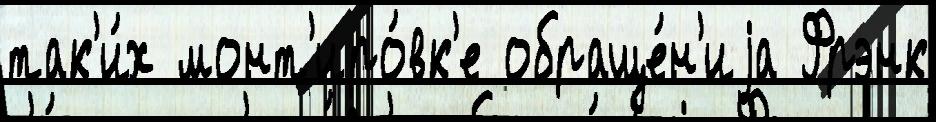
так'и́х монт'иро́вк'е обраще́н'иjа Фрэнк